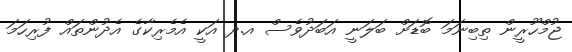
ޖުމްހޫރީން ތިބިނަމަ ބޮޑަށް ބަލަނީ އަބަދުވެސް އ.ދ އަކީ އެމެރިކާގެ އެދުންތައް ފުރިހަމަ